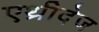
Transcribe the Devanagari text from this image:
एथ्रीदेज